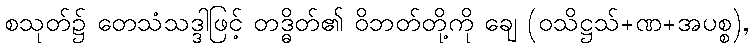
စသုတ်၌ တေသံသဒ္ဒါဖြင့် တဒ္ဓိတ်၏ ဝိဘတ်တို့ကို ချေ (ဝသိဋ္ဌသ်+ဏ+အပစ္စ),